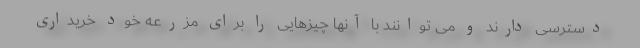
دسترسی دارند و می توانند با آنها چیزهایی را برای مزرعه خود خریداری